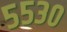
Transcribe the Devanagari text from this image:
५५३०